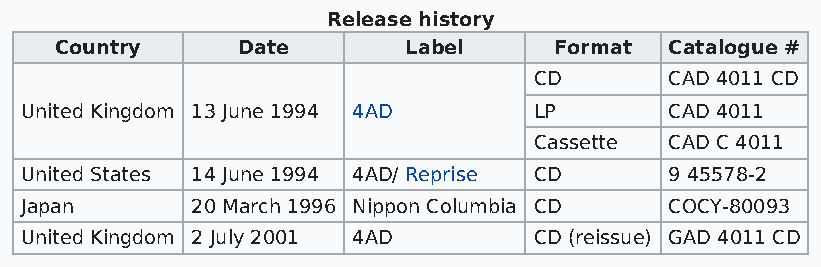
Release history
 Country     Date       Label     Format Catalogue #
 CD       CAD 4011 CD
 United Kingdom 13 June 1994 4AD   LP       CAD 4011
 Cassette CAD C 4011
 United States 14 June 1994 4AD/ Reprise CD 9 45578-2
 Japan       20 March 1996 Nippon Columbia CD COCY-80093
 United Kingdom 2 July 2001 4AD    CD (reissue) GAD 4011 CD